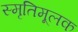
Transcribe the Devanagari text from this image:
स्मृतिमूलक